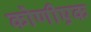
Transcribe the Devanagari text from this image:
कोणीएक